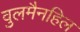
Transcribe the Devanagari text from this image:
वुलमैनहिल